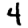
Digit: 4